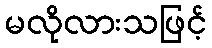
မလိုလားသဖြင့်